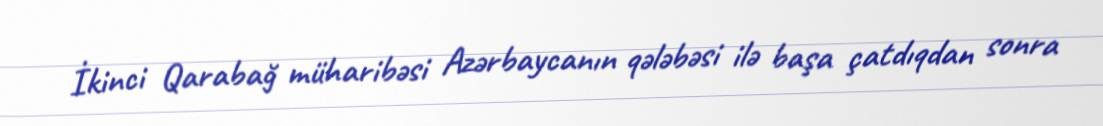
İkinci Qarabağ müharibəsi Azərbaycanın qələbəsi ilə başa çatdıqdan sonra